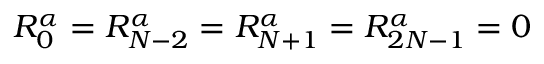
R _ { 0 } ^ { \alpha } = R _ { N - 2 } ^ { \alpha } = R _ { N + 1 } ^ { \alpha } = R _ { 2 N - 1 } ^ { \alpha } = 0